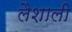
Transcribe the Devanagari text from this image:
लैशाली